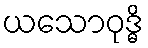
ယသောဝုဒ္ဓိ